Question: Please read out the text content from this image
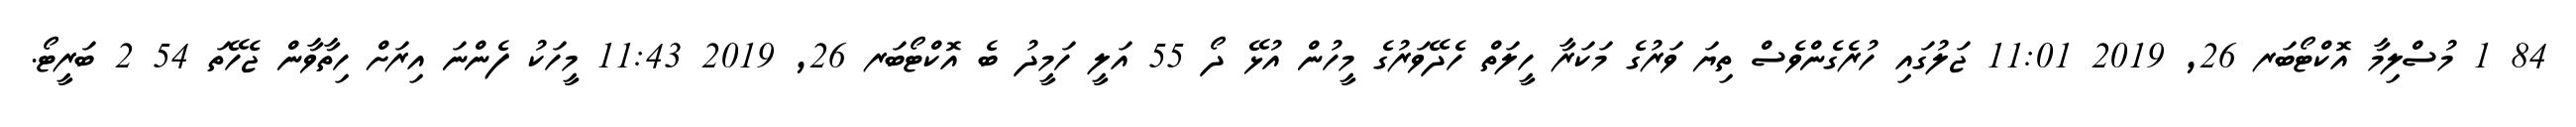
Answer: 84 1 މުސްލިމާ އޮކްޓޯބަރ 26, 2019 11:01 ޖަލުގައި ހުރެގެންވެސް ތިޔަ ވަރުގެ މަކަރާ ހީލަތް ހެދޭވަރުގެ މީހުން އުޅޭ ދޯ 55 އަލީ ހަމީދު ބެ އޮކްޓޯބަރ 26, 2019 11:43 މީހަކު ފެންނަ އިރަށް ހިތާވާން ޖެހޭތަ 54 2 ބަރީޓޯ.